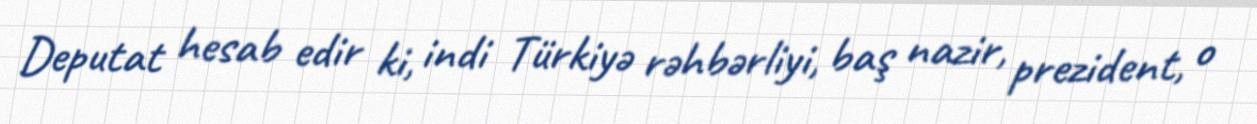
Deputat hesab edir ki, indi Türkiyə rəhbərliyi, baş nazir, prezident, o